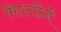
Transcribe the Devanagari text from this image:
मिएटटिनें